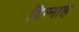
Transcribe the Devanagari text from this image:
दिम्नाह